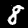
Label: 8